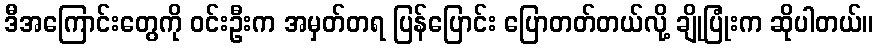
ဒီအကြောင်းတွေကို ဝင်းဦးက အမှတ်တရ ပြန်ပြောင်း ပြောတတ်တယ်လို့ ချိုပြုံးက ဆိုပါတယ်။